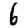
Digit: 6